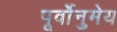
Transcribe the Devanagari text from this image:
पूर्वोनुमेय